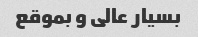
بسیار عالی و بموقع